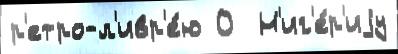
р'етро-л'ивр'е́ю 0  Н'иг'е́р'иjу